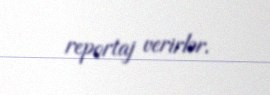
reportaj verirlər.